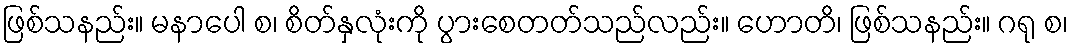
ဖြစ်သနည်း။ မနာပေါ စ၊ စိတ်နှလုံးကို ပွားစေတတ်သည်လည်း။ ဟောတိ၊ ဖြစ်သနည်း။ ဂရု စ၊